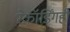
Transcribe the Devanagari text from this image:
रेकॉर्डिंगही